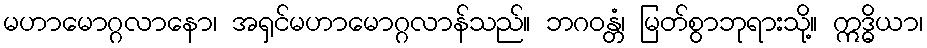
မဟာမောဂ္ဂလာနော၊ အရှင်မဟာမောဂ္ဂလာန်သည်။ ဘဂဝန္တံ၊ မြတ်စွာဘုရားသို့။ ဣဒ္ဓိယာ၊